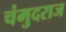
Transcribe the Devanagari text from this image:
चंमुदराज